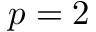
p = 2